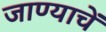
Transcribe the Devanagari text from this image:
जाण्याचें